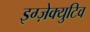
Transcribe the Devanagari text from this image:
इग्ज़ेक्युटिव